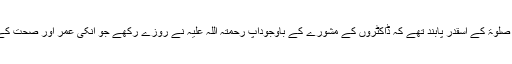
آپ رحمتہ اللہ علیہ صوم و صلوٰۃ کے اسقدر پابند تھے کہ ڈاکٹروں کے مشورے کے باوجودآپ رحمتہ اللہ علیہ نے روزے رکھے جو انکی عمر اور صحت کے اعتبار سے قابل قضا تھا۔